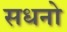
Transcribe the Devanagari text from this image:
सधनो